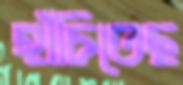
হাঁচিতেছ